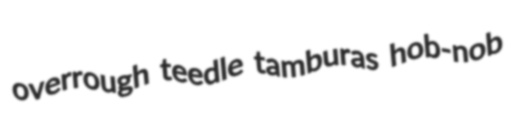
overrough teedle tamburas hob-nob